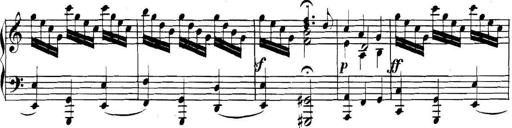
Title: Collected Piano Sonatas
Composer: Muzio Clementi